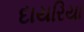
દાયરિયા